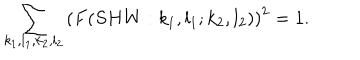
LaTeX: \sum _ { k _ { 1 } , l _ { 1 } , k _ { 2 } , l _ { 2 } } \left( F ( S H W : k _ { 1 } , l _ { 1 } ; k _ { 2 } , l _ { 2 } ) \right) ^ { 2 } = 1 .